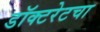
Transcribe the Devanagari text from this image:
डॉक्टरेटचा